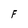
Character: F